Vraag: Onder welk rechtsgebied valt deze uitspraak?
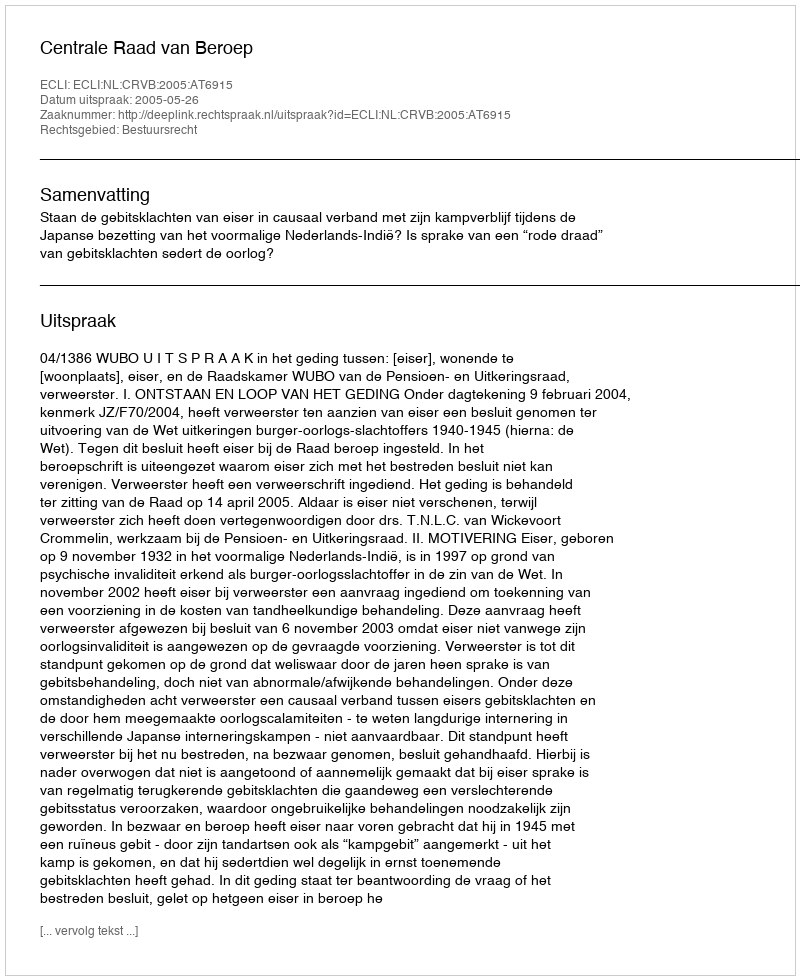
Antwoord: Bestuursrecht